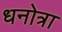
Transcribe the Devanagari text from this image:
धनोत्रा